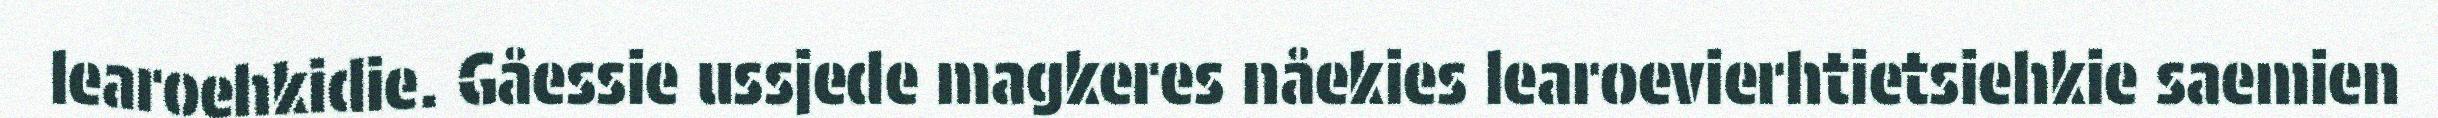
learoehkidie. Gåessie ussjede magkeres nåekies learoevierhtietsiehkie saemien